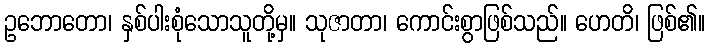
ဥဘောတော၊ နှစ်ပါးစုံသောသူတို့မှ။ သုဇာတာ၊ ကောင်းစွာဖြစ်သည်။ ဟေတိ၊ ဖြစ်၏။